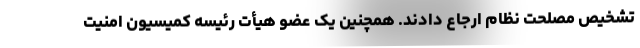
تشخیص مصلحت نظام ارجاع دادند. همچنین یک عضو هیأت رئیسه کمیسیون امنیت